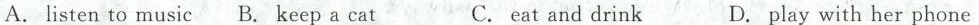
A. listen to music B.keep a cat C.eat and drink D. play with her phone